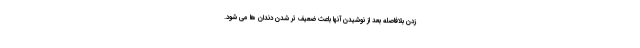
زدن بلافاصله بعد از نوشیدن آنها باعث ضعیف تر شدن دندان ها می شود.